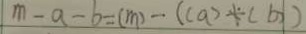
m - a - b = ( m ) - ( c a ) + ( b )